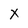
Character: X